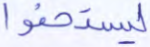
ليستخفوا